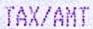
TAX/AMT